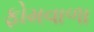
ફોમવાળા